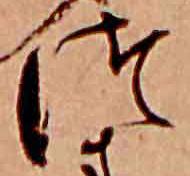
つ